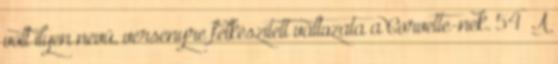
volt ilyen nevű, versenyre felkészített változata a Corvette-nek. 54 A